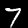
Digit: 7